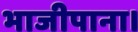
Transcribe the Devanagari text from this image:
भाजीपाना।